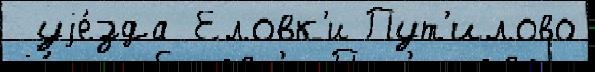
 уjе́зда Еловк'и Пут'илово